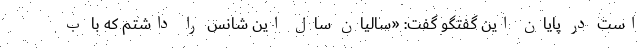
است در پایان این گفتگو گفت: «سالیان سال این شانس را داشتم که با ب